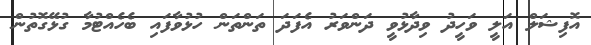
އޮފިޝަލް އަލީ ވަހީދު ވިދާޅުވީ ދަންވަރު އެފަދަ ތަންތަން ހުޅުވާފައި ބެހެއްޓުމާ ގުޅޭގޮތުން